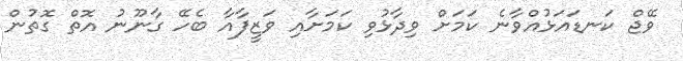
ވޭޖް ކަނޑައަޅުއްވާނެ ކަމަށް ވިދާޅުވި ކަމަށާއި ވަޒީފާއާ ބެހޭ ގާނޫނު އޮތް ގޮތުން